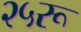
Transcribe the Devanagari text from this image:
२५रू